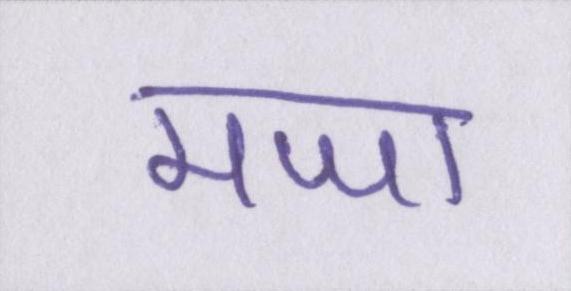
मजा